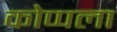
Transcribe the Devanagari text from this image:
कोप्पला